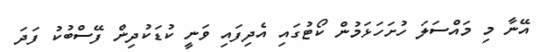
އޭނާ މި މައްސަލަ ހުށަހަޅަމުން ކޯޓުގައި އެދިފައި ވަނީ ކުޑަކުދިން ފޭސްބުކު ފަދަ